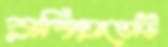
রাশিয়াতেটি